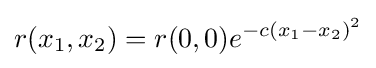
r(x_{1},x_{2})=r(0,0)e^{-c(x_{1}-x_{2})^{2}}